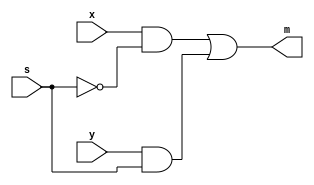
`timescale 1ns / 1ps
//////////////////////////////////////////////////////////////////////////////////
// Student: Tawseef Patel 101145333 & Saad Babur 101123210
// 
// Design Name: lab1_1_1.v //2x1 MUX - GATE LEVEL 
// Module Name: lab1_1_1
// Project Name: Lab 1_1
//////////////////////////////////////////////////////////////////////////////////


module lab1_1_1(
    input x,
    input y,
    input s,
    output m
    );
    
    not var1(not_s, s);
    and var2(x_not_s, x, not_s);
    and var3(y_s, y, s);
    or out(m, x_not_s, y_s);
endmodule